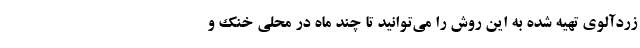
زردآلوی تهیه شده به این روش را می‌توانید تا چند ماه در محلی خنک و